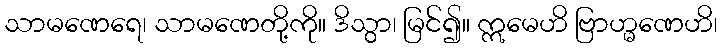
သာမဏေရေ၊ သာမဏေတို့ကို။ ဒိသွာ၊ မြင်၍။ ဣမေဟိ ဗြာဟ္မဏေဟိ၊